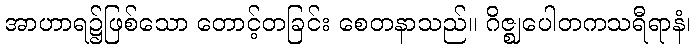
အာဟာရ၌ဖြစ်သော တောင့်တခြင်း စေတနာသည်။ ဂိဇ္ဈပေါတကသရီရာနံ၊